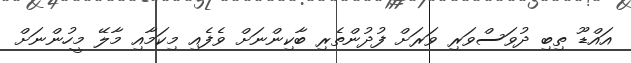
އައްޑޫ ތިބި ދުވަސްވަރި ވަރަށް ފުދުންތެރި ބާކިންނަށް ވެފެއި މިކަމާއި މާލޭ މީހުންނަށް